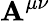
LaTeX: \mathbf{A}^{\mu\nu}